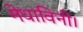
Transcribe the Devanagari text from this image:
मेधाविनी।